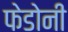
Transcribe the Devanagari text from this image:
फेडोनी